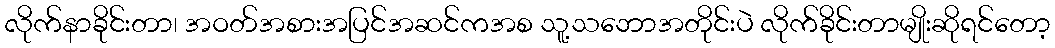
လိုက်နာခိုင်းတာ၊ အဝတ်အစားအပြင်အဆင်ကအစ သူ့သဘောအတိုင်းပဲ လိုက်ခိုင်းတာမျိုးဆိုရင်တော့